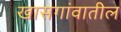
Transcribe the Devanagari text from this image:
खासगांवातील